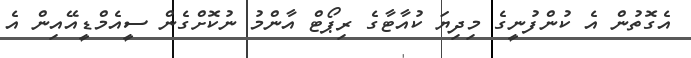
އެގޮތުން އެ ކުންފުނީގެ މިދިޔަ ކުއާޓާގެ ރިޕޯޓް އާންމު ނުކޮށްގެން ސީއެމްޑީއޭއިން އެ